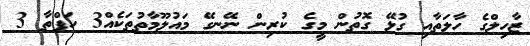
ޒާހިލްގެ ހާލަތާއި ގުޅޭ ގޮތުން މީގެ ކުރިން ނޭނގޭ މައުލޫމާތުތަކެއް3 ހަފްތާ 3